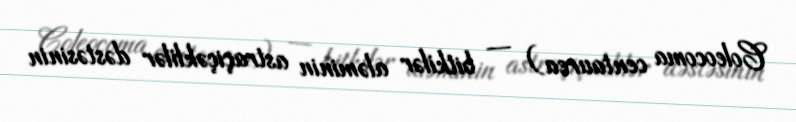
Coleocoma centaurea) — bitkilər aləminin astraçiçəklilər dəstəsinin